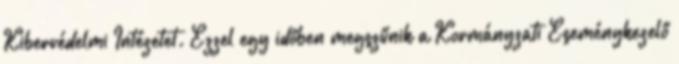
Kibervédelmi Intézetet. Ezzel egy időben megszűnik a Kormányzati Eseménykezelő